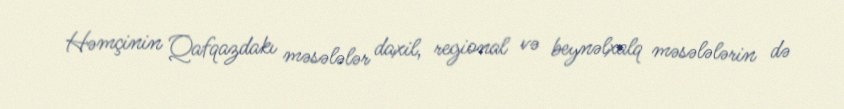
Həmçinin Qafqazdakı məsələlər daxil, regional və beynəlxalq məsələlərin də